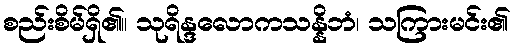
စည်းစိမ်ရှိ၏။ သုရိန္ဒလောကသန္နိဘံ၊ သကြားမင်း၏